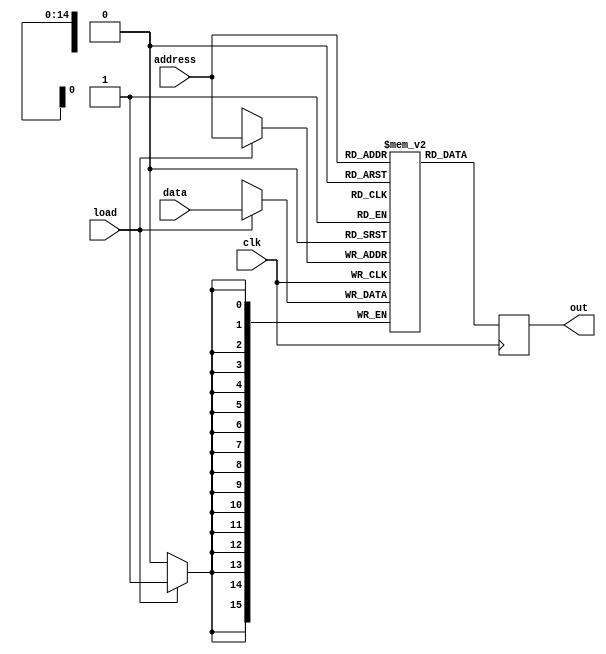
`timescale 1ns / 1ps
//////////////////////////////////////////////////////////////////////////////////
// Company: 
// Engineer: 
// 
// Design Name: 
// Module Name:    RAM32K
// Project Name: 
// Target Devices: 
// Tool versions: 
// Description: 
//
// Dependencies: 
//
// Revision: 
// Revision 0.01 - File Created
// Additional Comments: 
//
//////////////////////////////////////////////////////////////////////////////////
module RAM32K(
    input [0:15] data,
    input load,
    input [0:14] address,
    input clk,
    output [0:15] out
    );
	 
    reg [0:15] Data [0:32767];
    reg [0:15] Out;

    always @(posedge clk)
     begin
      if (load)
       begin
         Data[address] <= data;
       end
         Out <= Data[address];
     end
	  
    assign out = Out;
endmodule